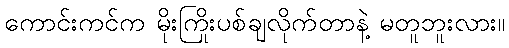
ကောင်းကင်က မိုးကြိုးပစ်ချလိုက်တာနဲ့ မတူဘူးလား။